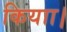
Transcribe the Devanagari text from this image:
कियाा।